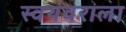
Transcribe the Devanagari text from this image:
स्वयंवराला